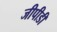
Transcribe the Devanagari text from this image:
जीपीडी